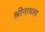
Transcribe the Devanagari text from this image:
श्रीनाथला